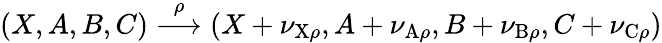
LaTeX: (X,A,B,C)\overset{\rho}\longrightarrow(X+\nu_{\mathrm{X}\rho},A+\nu_{\mathrm{A}\rho},B+\nu_{\mathrm{B}\rho},C+\nu_{\mathrm{C}\rho})